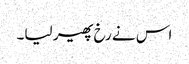
اس نے رخ پھیر لیا۔